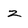
Character: z